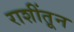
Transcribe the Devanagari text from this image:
राशींतून